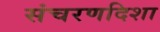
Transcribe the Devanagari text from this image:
संचरणदिशा